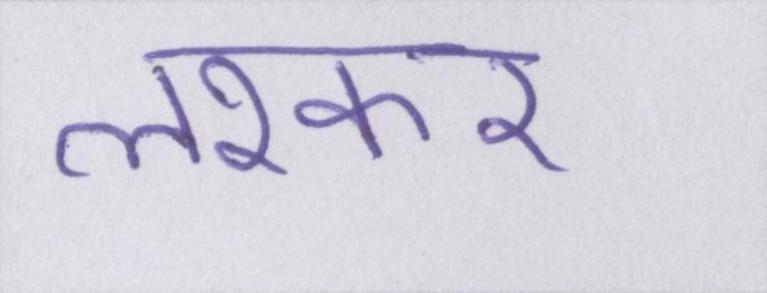
लश्कर